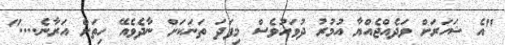
"އެ ޝަހަރަށް ވަދެއްޖެއްޔާ އުމުރު ދުވަހުވެސް މިފަދަ ތަނަކަށް ނާދެވެއޭ ހިތަށް އަރާނެ...."